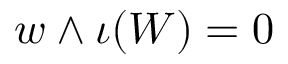
w \wedge \iota ( W ) = 0